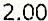
2.00